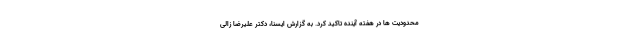
محدودیت ها در هفته آینده تاکید کرد. به گزارش ایسنا، دکتر علیرضا زالی